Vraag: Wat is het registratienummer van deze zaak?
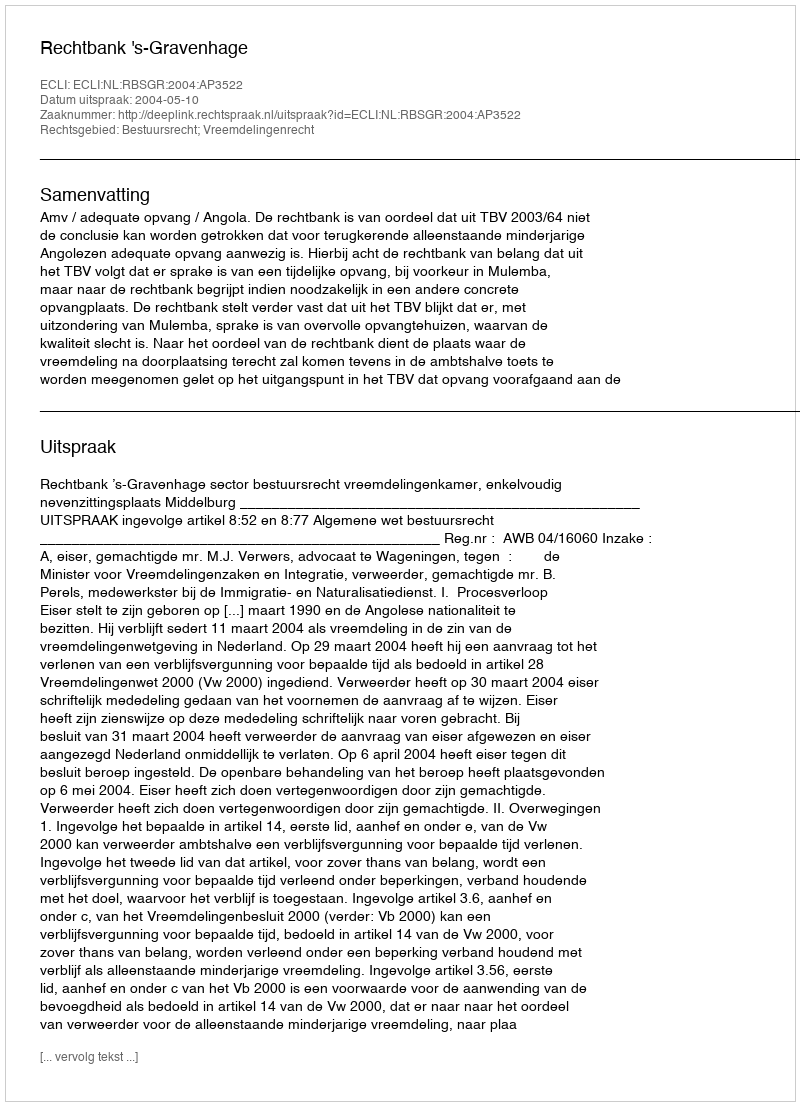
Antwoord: http://deeplink.rechtspraak.nl/uitspraak?id=ECLI:NL:RBSGR:2004:AP3522